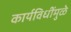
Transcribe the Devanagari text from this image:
कार्यविधींमुळे